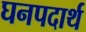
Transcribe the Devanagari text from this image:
घनपदार्थ